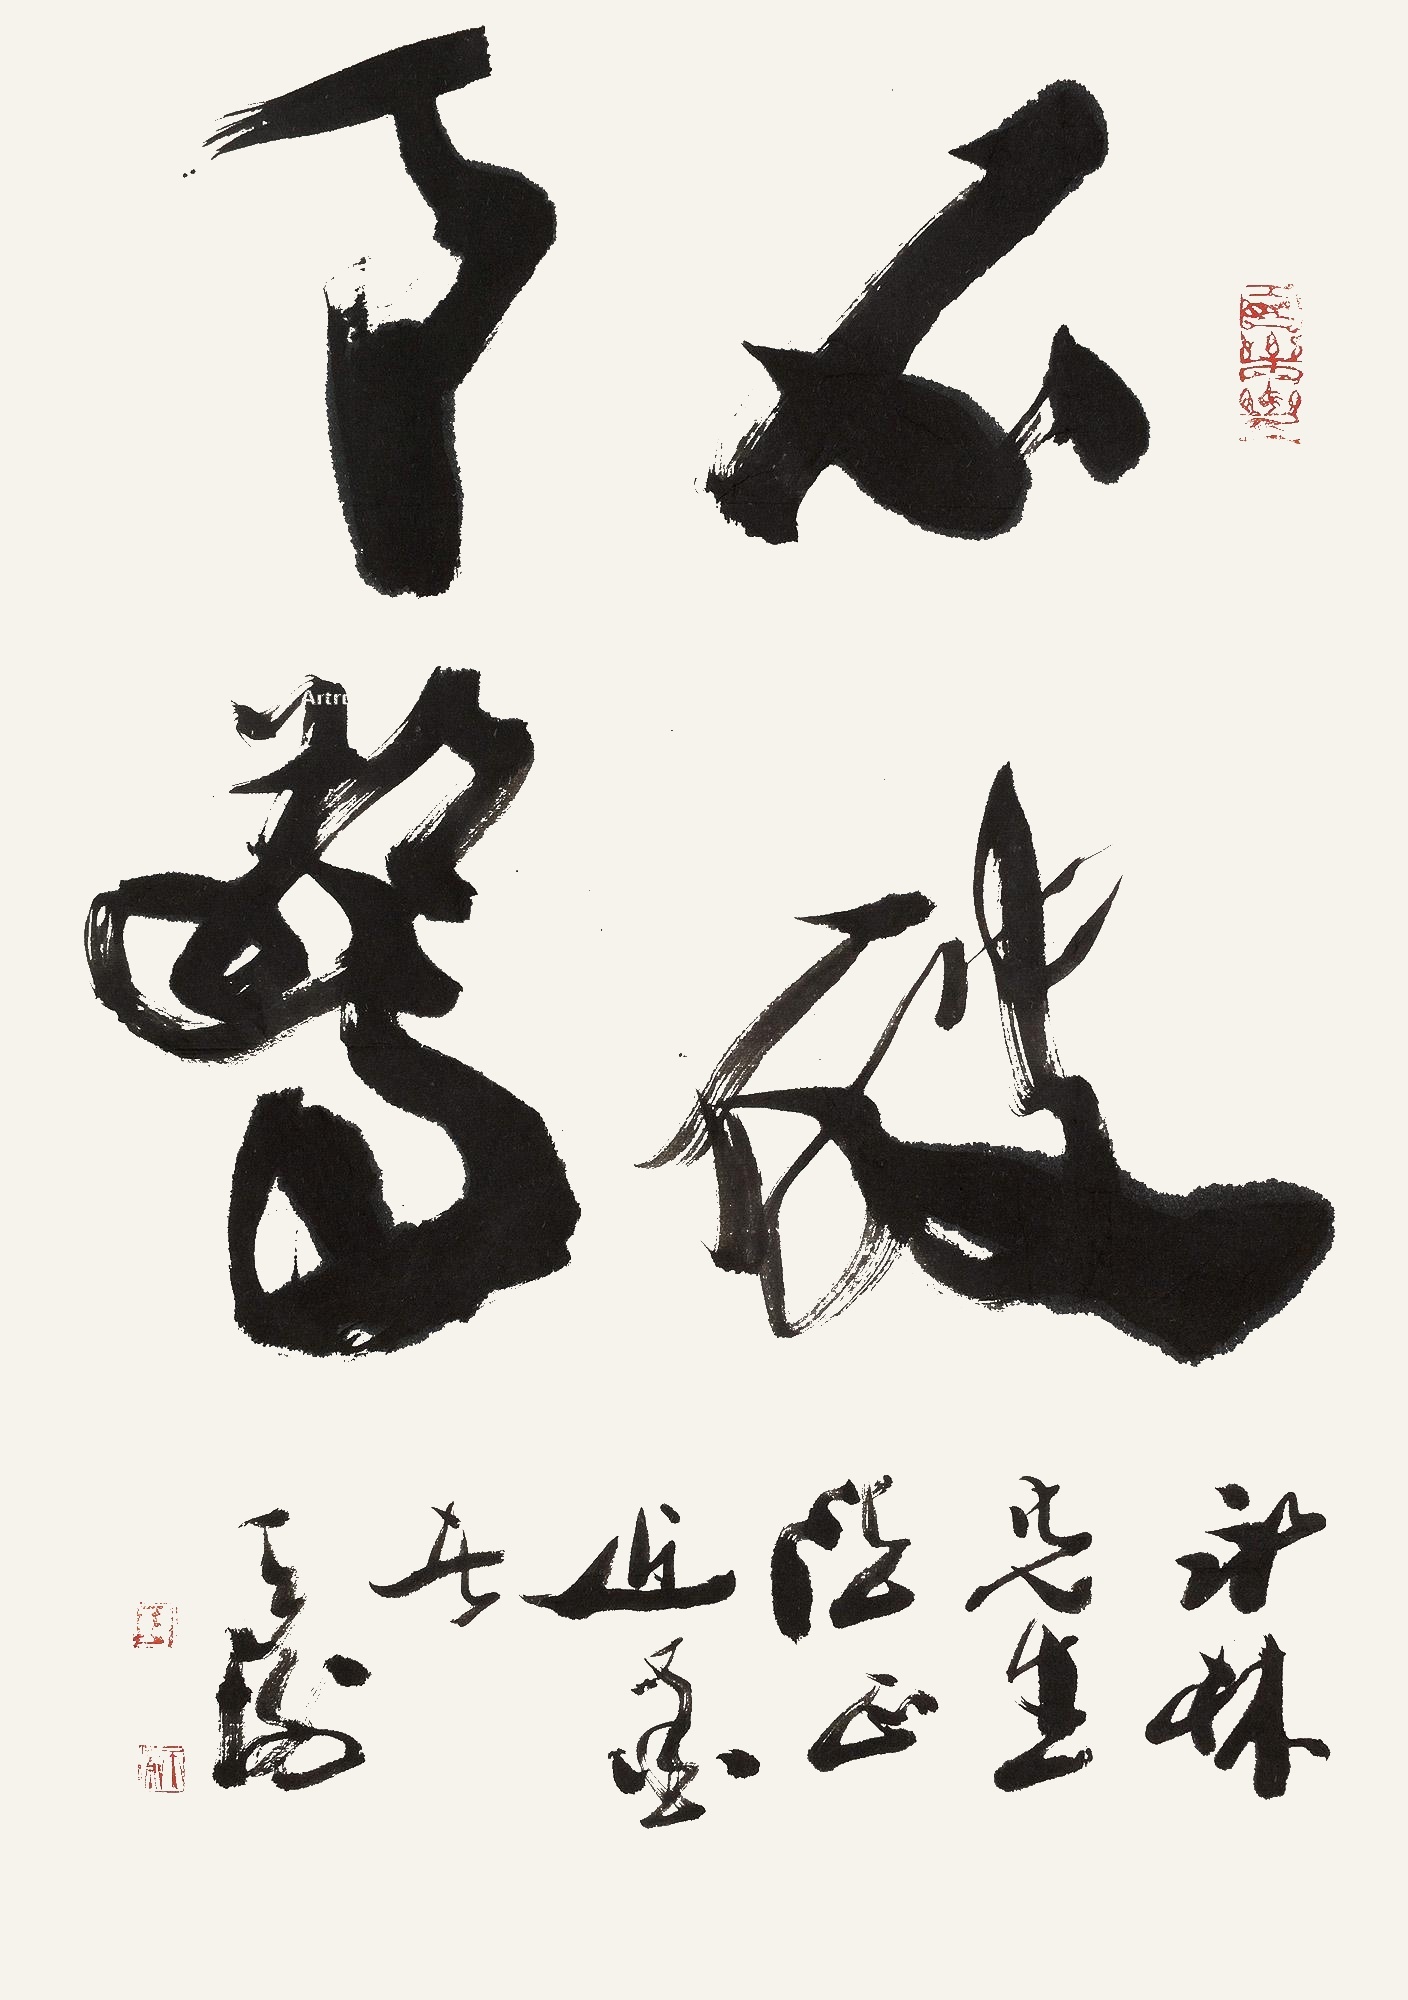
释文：石破天惊。永林先生法正，近墨者天衡。